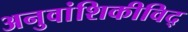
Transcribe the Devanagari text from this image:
अनुवांशिकीविद्